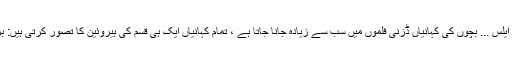
" سنڈرریلا ، پوکاونٹاس ، نیند کی خوبصورتی ، ونڈر لینڈ میں ایلس ... بچوں کی کہانیاں ڈزنی فلموں میں سب سے زیادہ جانا جاتا ہے ، تمام کہانیاں ایک ہی قسم کی ہیروئین کا تصور کرتی ہیں: برونائٹس ، گورے یا سرخ رنگ ، لمبے لمبے بالوں اور ہموار۔